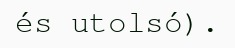
és utolsó).